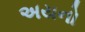
અયનો